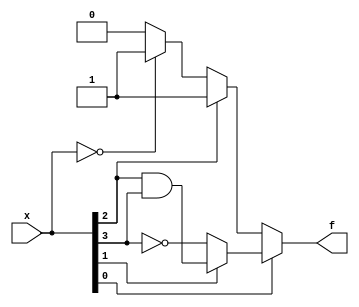
module top_module (
    input [4:1] x,
    output f
); 

    assign f = x[1] ? (x[2] ? x[3]&x[4] : ~x[4]) : (x[3] ? 1'b1 : (x==4'b0000 ? 1'b1 : 1'b0));

endmodule